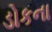
ડોકના